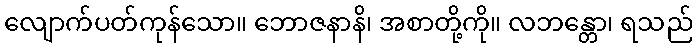
လျောက်ပတ်ကုန်သော။ ဘောဇနာနိ၊ အစာတို့ကို။ လဘန္တော၊ ရသည်